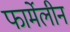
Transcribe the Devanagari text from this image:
फार्मेलीन